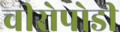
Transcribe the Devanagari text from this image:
चीरोपोडी